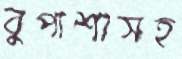
বুপাশাসহ